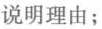
说明理由；